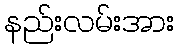
နည်းလမ်းအား